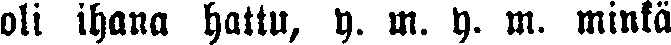
oli ihana hattu, y. m. y. m. minkä